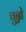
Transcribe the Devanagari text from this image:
चुन्नो